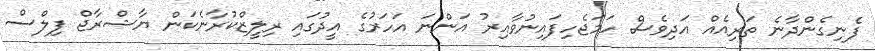
ފެނިގެންދާނެ ތަރިއެއް އަދިވެސް ހަމަޖެހިފައިނުވާއިރު އަންނަ އަހަރުގެ އީދުގައި ރިލީޒްކުރާނެކަން ޔާޝްރާޖް ފިލްސް